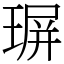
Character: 𤧅